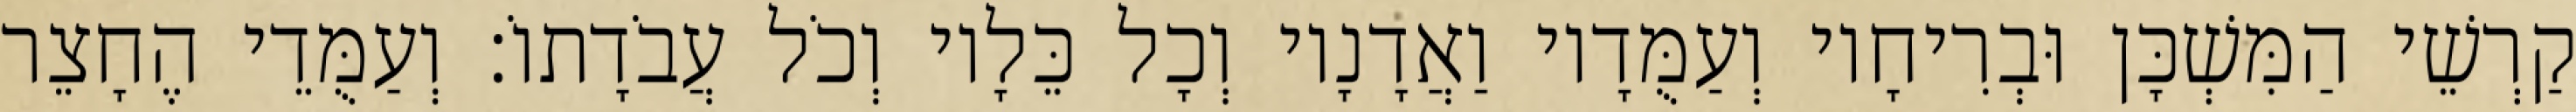
קַרְשֵׁי הַמִּשְׁכָּן וּבְרִיחָיו וְעַמֻּדָיו וַאֲדָנָיו וְכָל כֵּלָיו וְכֹל עֲבֹדָתוֹ׃ וְעַמֻּדֵי הֶחָצֵר